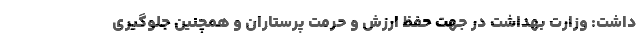
داشت: وزارت بهداشت در جهت حفظ ارزش و حرمت پرستاران و همچنین جلوگیری